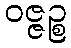
ဝဇ္ဇဉ္စ